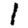
Digit: 1